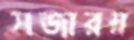
সজারম্ন